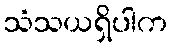
သံသယရှိပါက